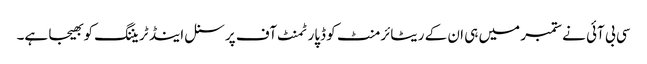
سی بی آئی نے ستمبر میں ہی ان کے ریٹائرمنٹ کو ڈپارٹمنٹ آف پرسنل اینڈ ٹریننگ کو بھیجا ہے۔